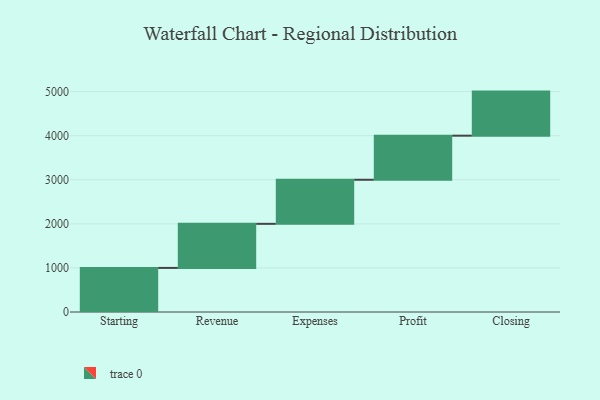
{"axis": {"x": "Step", "y": "Value"}, "legend": [""], "data": [{"x": "Starting", "y": 1000, "type": ""}, {"x": "Revenue", "y": 1000, "type": ""}, {"x": "Expenses", "y": 1000, "type": ""}, {"x": "Profit", "y": 1000, "type": ""}, {"x": "Closing", "y": 1000, "type": ""}]}